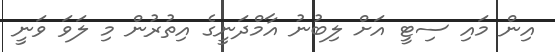
އިން މައި ސިޓީ އަށް ލިބުނު އާމްދަނީގެ އިތުރުން މި ލަވަ ވަނީ